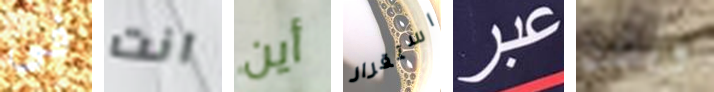
فى انت أين استقرار عبر ويلدن